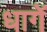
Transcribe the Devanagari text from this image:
धागें